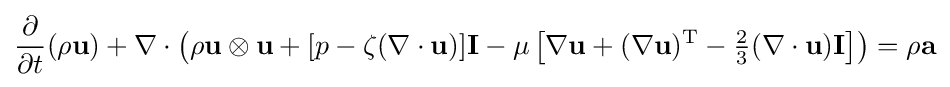
{\frac {\partial }{\partial t}}(\rho \mathbf {u} )+\nabla \cdot \left(\rho \mathbf {u} \otimes \mathbf {u} +[p-\zeta (\nabla \cdot \mathbf {u} )]\mathbf {I} -\mu \left[\nabla \mathbf {u} +(\nabla \mathbf {u} )^{\mathrm {T} }-{\tfrac {2}{3}}(\nabla \cdot \mathbf {u} )\mathbf {I} \right]\right)=\rho \mathbf {a}